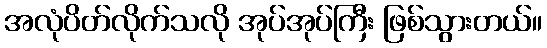
အလုံပိတ်လိုက်သလို အုပ်အုပ်ကြီး ဖြစ်သွားတယ်။